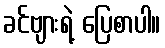
ခင်ဗျားရဲ့ ပြေစာပါ။